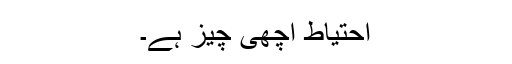
احتیاط اچھی چیز ہے۔